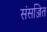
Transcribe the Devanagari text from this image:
संसज्जित